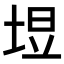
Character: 𪣙